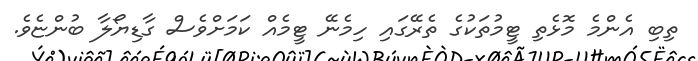
ތިބި އެންމެ މޮޅެތި ޓީމުތަކުގެ ތެރޭގައި ހިމެނޭ ޓީމެއް ކަމަށްވެސް ގާޑިޔޯލާ ބުންޏެވެ.